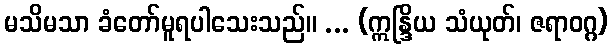
မသိမသာ ခံတော်မူရပါသေးသည်။ ... (ဣန္ဒြိယ သံယုတ်၊ ဇရာဝဂ္ဂ)